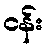
ငန်း